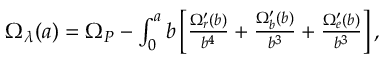
\begin{array} { r } { \Omega _ { \lambda } ( a ) = \Omega _ { P } - \int _ { 0 } ^ { a } \d b \left[ \frac { \Omega _ { r } ^ { \prime } ( b ) } { b ^ { 4 } } + \frac { \Omega _ { b } ^ { \prime } ( b ) } { b ^ { 3 } } + \frac { \Omega _ { e } ^ { \prime } ( b ) } { b ^ { 3 } } \right] , } \end{array}